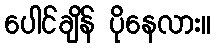
ပေါင်ချိန် ပိုနေလား။